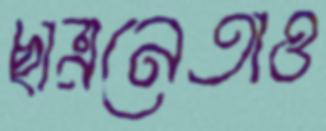
ছাত্রনেতাও